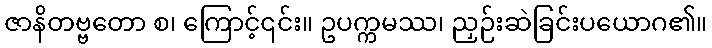
ဇာနိတဗ္ဗတော စ၊ ကြောင့်၎င်း။ ဥပက္ကမဿ၊ ညှဉ်းဆဲခြင်းပယောဂ၏။